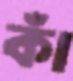
কাঁ